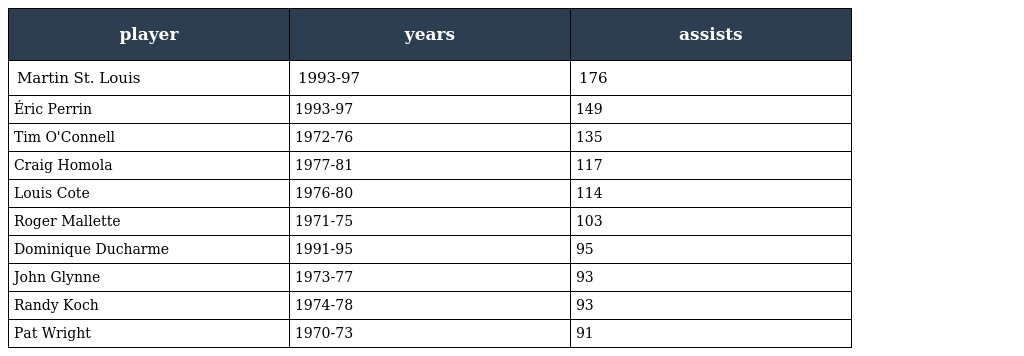
| player | years | assists |
 | --- | --- | --- |
 | Martin St. Louis | 1993-97 | 176 |
 | Éric Perrin | 1993-97 | 149 |
 | Tim O'Connell | 1972-76 | 135 |
 | Craig Homola | 1977-81 | 117 |
 | Louis Cote | 1976-80 | 114 |
 | Roger Mallette | 1971-75 | 103 |
 | Dominique Ducharme | 1991-95 | 95 |
 | John Glynne | 1973-77 | 93 |
 | Randy Koch | 1974-78 | 93 |
 | Pat Wright | 1970-73 | 91 |